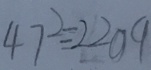
4 7 ^ { 2 } = 2 2 0 9